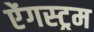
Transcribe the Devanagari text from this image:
ऐंगस्ट्रम